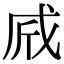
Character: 𢦲